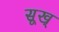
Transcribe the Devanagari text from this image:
सूख्